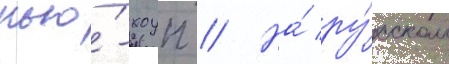
нью́-хоуп // На́ ру́сском